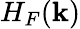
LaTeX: H_{F}({\mathbf k})